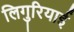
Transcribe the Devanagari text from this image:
लिगुरियाई